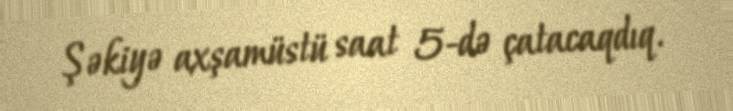
Şəkiyə axşamüstü saat 5-də çatacaqdıq.